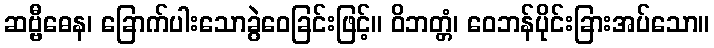
ဆဗ္ဗီဓေန၊ ခြောက်ပါးသောခွဲဝေခြင်းဖြင့်။ ဝိဘတ္တံ၊ ဝေဘန်ပိုင်းခြားအပ်သော။